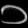
Digit: ၁